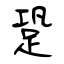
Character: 跫